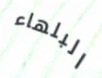
البلهاء